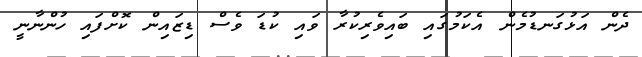
ދެން އަޅުގަނޑުމެން އެކަމުގައި ބައިވެރިކުރާ ވައި ކުޑަ ވެސް ޑިޒައިން ކޮށްފައި ހުންނާނީ